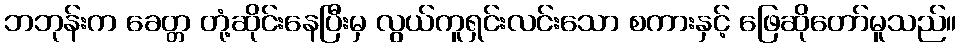
ဘဘုန်းက ခေတ္တ တုံ့ဆိုင်းနေပြီးမှ လွယ်ကူရှင်းလင်းသော စကားနှင့် ဖြေဆိုတော်မူသည်။